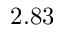
2 . 8 3